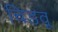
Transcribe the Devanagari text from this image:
चिडवू